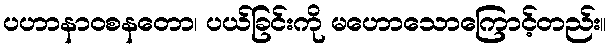
ပဟာနာဝစနတော၊ ပယ်ခြင်းကို မဟောသောကြောင့်တည်း။